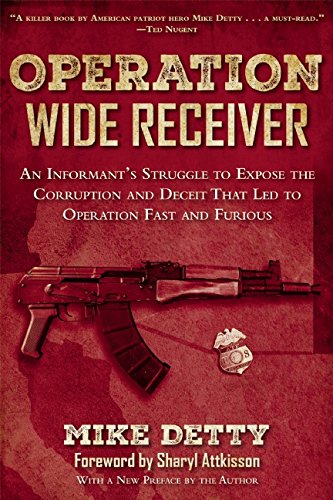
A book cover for Operation Wide Receiver: An InformantEEs Struggle to Expose the Corruption and Deceit That Led to Operation Fast and Furious; Mike Detty; Law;